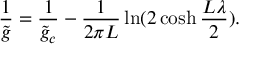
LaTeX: { \frac { 1 } { \tilde { g } } } = { \frac { 1 } { \tilde { g } _ { c } } } - { \frac { 1 } { 2 \pi L } } \ln ( 2 \cosh { \frac { L \lambda } { 2 } } ) .